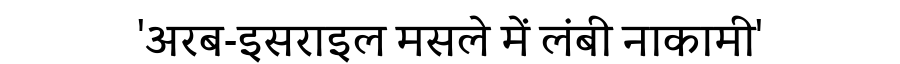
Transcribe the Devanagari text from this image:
'अरब-इसराइल मसले में लंबी नाकामी'